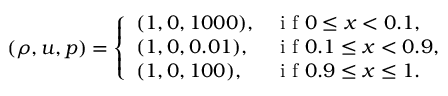
( \rho , u , p ) = \left\{ \begin{array} { l l } { ( 1 , 0 , 1 0 0 0 ) , } & { \mathrm { ~ i ~ f ~ } 0 \leq x < 0 . 1 , } \\ { ( 1 , 0 , 0 . 0 1 ) , } & { \mathrm { ~ i ~ f ~ } 0 . 1 \leq x < 0 . 9 , } \\ { ( 1 , 0 , 1 0 0 ) , } & { \mathrm { ~ i ~ f ~ } 0 . 9 \leq x \leq 1 . } \end{array} \right.